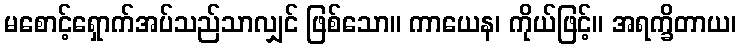
မစောင့်ရှောက်အပ်သည်သာလျှင် ဖြစ်သော။ ကာယေန၊ ကိုယ်ဖြင့်။ အရက္ခိတာယ၊